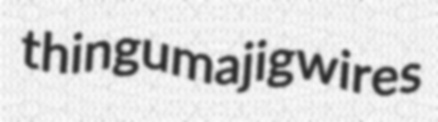
thingumajig wires